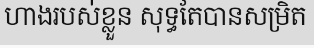
ហាងរបស់ខ្លួន សុទ្ធតែបានសម្រិត